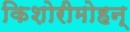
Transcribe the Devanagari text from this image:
किशोरीमोहन्